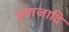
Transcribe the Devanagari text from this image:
प्रयाजादि